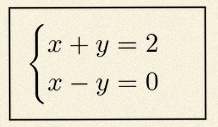
\begin{cases}x+y=2\\x-y=0\end{cases}